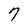
Character: 7